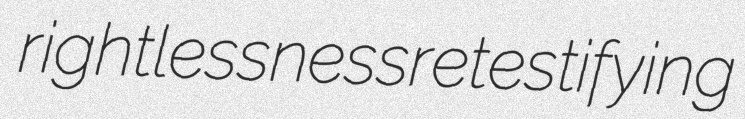
rightlessness retestifying